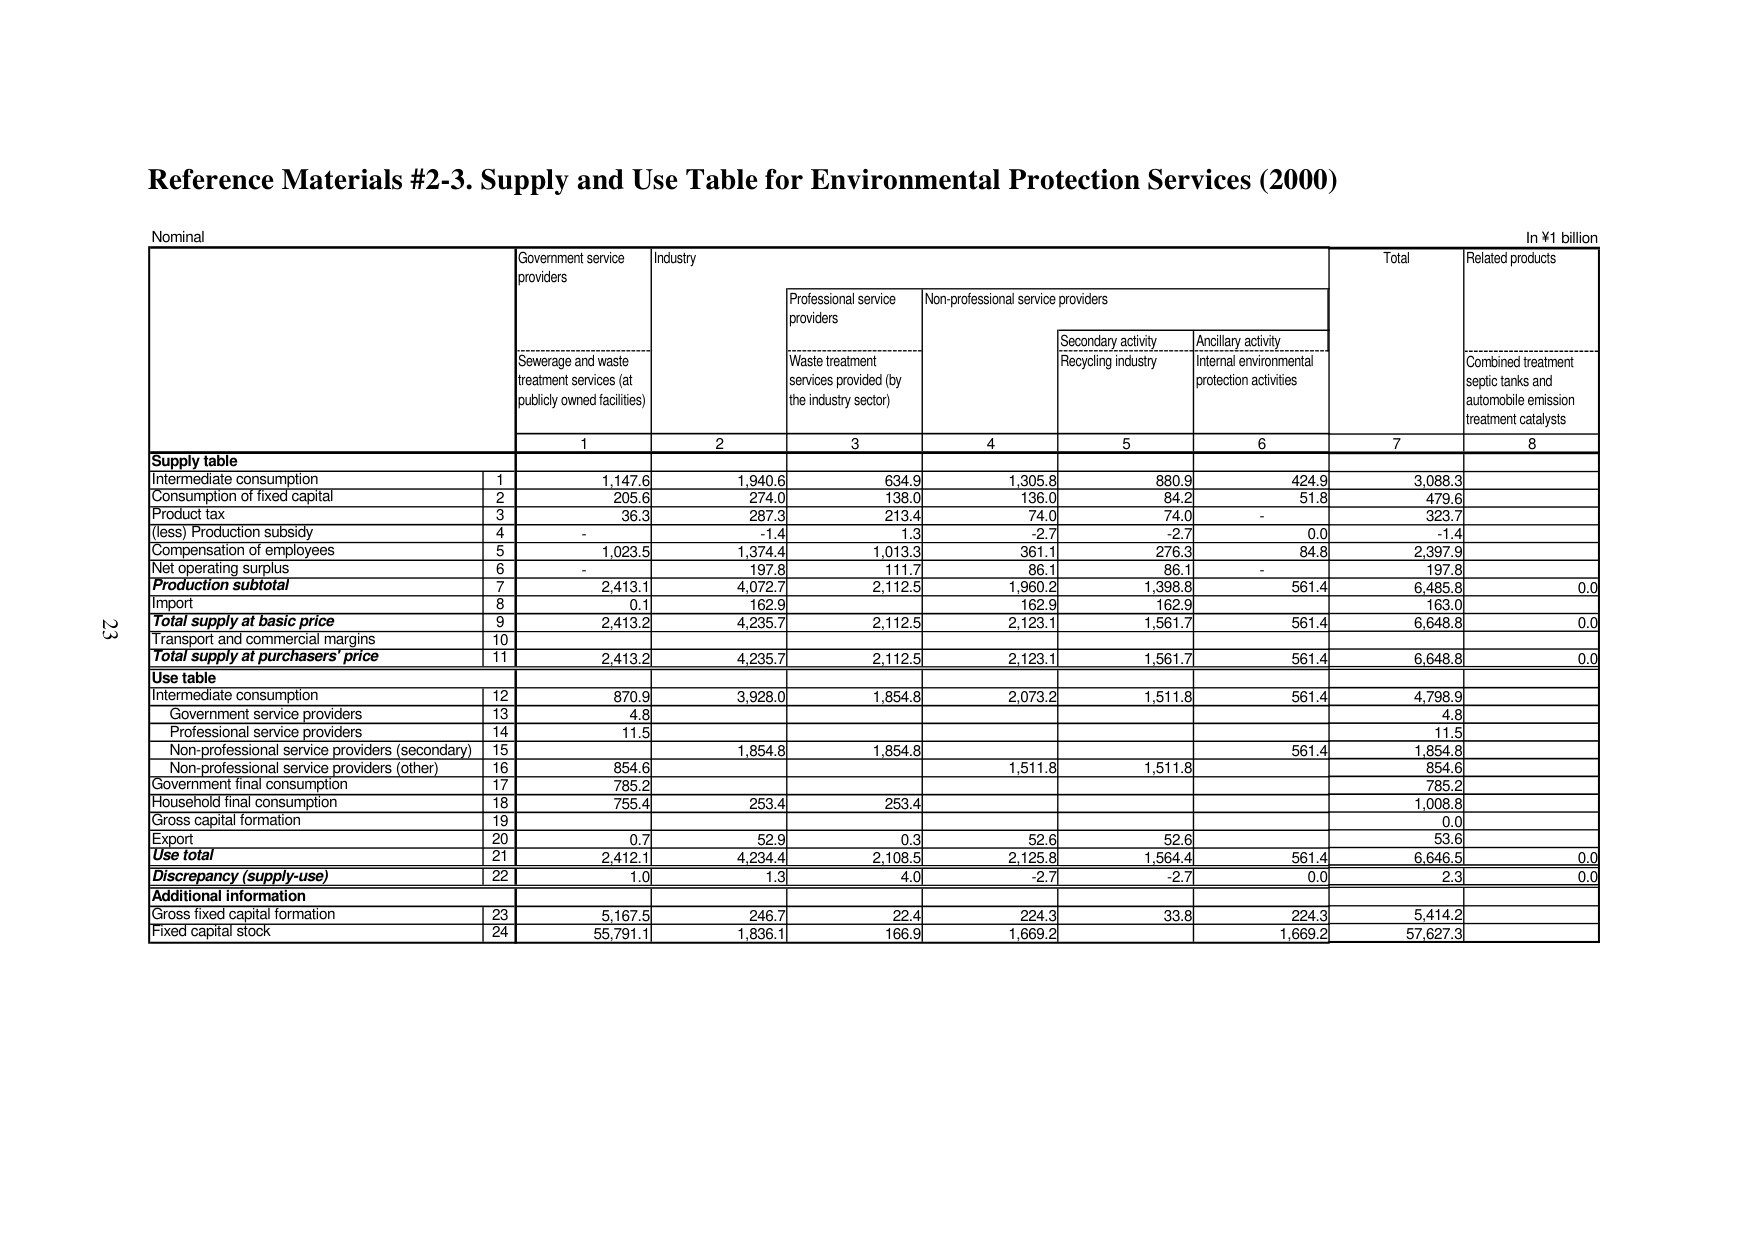
Reference Materials #2-3. Supply and Use Table for Environmental Protection Services (2000)

Nominal

In ¥1 billion

Government service providers
Industry
Total
Related products

Sewerage and waste treatment services (at publicly owned facilities)
Professional service providers
Non-professional service providers
Secondary activity Recycling industry
Ancillary activity Internal environmental protection activities
Combined treatment septic tanks and automobile emission treatment catalysts

1
2
3
4
5
6
7
8

Supply table
Intermediate consumption
1
1,147.6
1,940.6
634.9
1,305.8
880.9
424.9
3,088.3
Consumption of fixed capital
2
205.6
274.0
138.0
136.0
84.2
51.8
479.6
Product tax
3
36.3
287.3
213.4
74.0
74.0
-
323.7
(less) Production subsidy
4
-
-1.4
1.3
-2.7
-2.7
0.0
-1.4
Compensation of employees
5
1,023.5
1,374.4
1,013.3
361.1
276.3
84.8
2,397.9
Net operating surplus
6
-
197.8
111.7
86.1
86.1
-
197.8
Production subtotal
7
2,413.1
4,072.7
2,112.5
1,960.2
1,398.8
561.4
6,485.8
0.0
Import
8
0.1
162.9
162.9
162.9
163.0
Total supply at basic price
9
2,413.2
4,235.7
2,112.5
2,123.1
1,561.7
561.4
6,648.8
0.0
Transport and commercial margins
10
Total supply at purchasers' price
11
2,413.2
4,235.7
2,112.5
2,123.1
1,561.7
561.4
6,648.8
0.0

Use table
Intermediate consumption
12
870.9
3,928.0
1,854.8
2,073.2
1,511.8
561.4
4,798.9
Government service providers
13
4.8
4.8
Professional service providers
14
11.5
11.5
Non-professional service providers (secondary)
15
1,854.8
1,854.8
561.4
1,854.8
Non-professional service providers (other)
16
854.6
1,511.8
1,511.8
854.6
Government final consumption
17
785.2
785.2
Household final consumption
18
755.4
253.4
253.4
1,008.8
Gross capital formation
19
0.0
Export
20
0.7
52.9
0.3
52.6
52.6
53.6
Use total
21
2,412.1
4,234.4
2,108.5
2,125.8
1,564.4
561.4
6,646.5
0.0
Discrepancy (supply-use)
22
1.0
1.3
4.0
-2.7
-2.7
0.0
2.3
0.0

Additional information
Gross fixed capital formation
23
5,167.5
246.7
22.4
224.3
33.8
224.3
5,414.2
Fixed capital stock
24
55,791.1
1,836.1
166.9
1,669.2
1,669.2
57,627.3

23